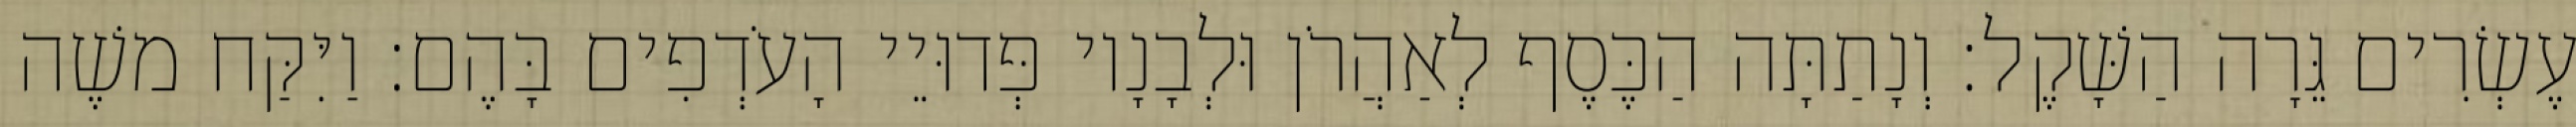
עֶשְׂרִים גֵּרָה הַשָּׁקֶל׃ וְנָתַתָּה הַכֶּסֶף לְאַהֲרֹן וּלְבָנָיו פְּדוּיֵי הָעֹדְפִים בָּהֶם׃ וַיִּקַּח משֶׁה